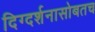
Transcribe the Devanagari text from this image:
दिग्दर्शनासोबतच